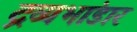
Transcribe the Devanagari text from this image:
द्रव्यभांडार